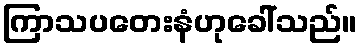
ကြာသပတေးနံဟုခေါ်သည်။